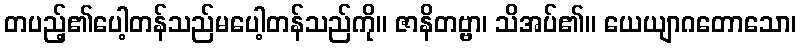
တပည့်၏ပေါ့တန်သည်မပေါ့တန်သည်ကို။ ဇာနိတဗ္ဗာ၊ သိအပ်၏။ ယေယျာဂတောသော၊